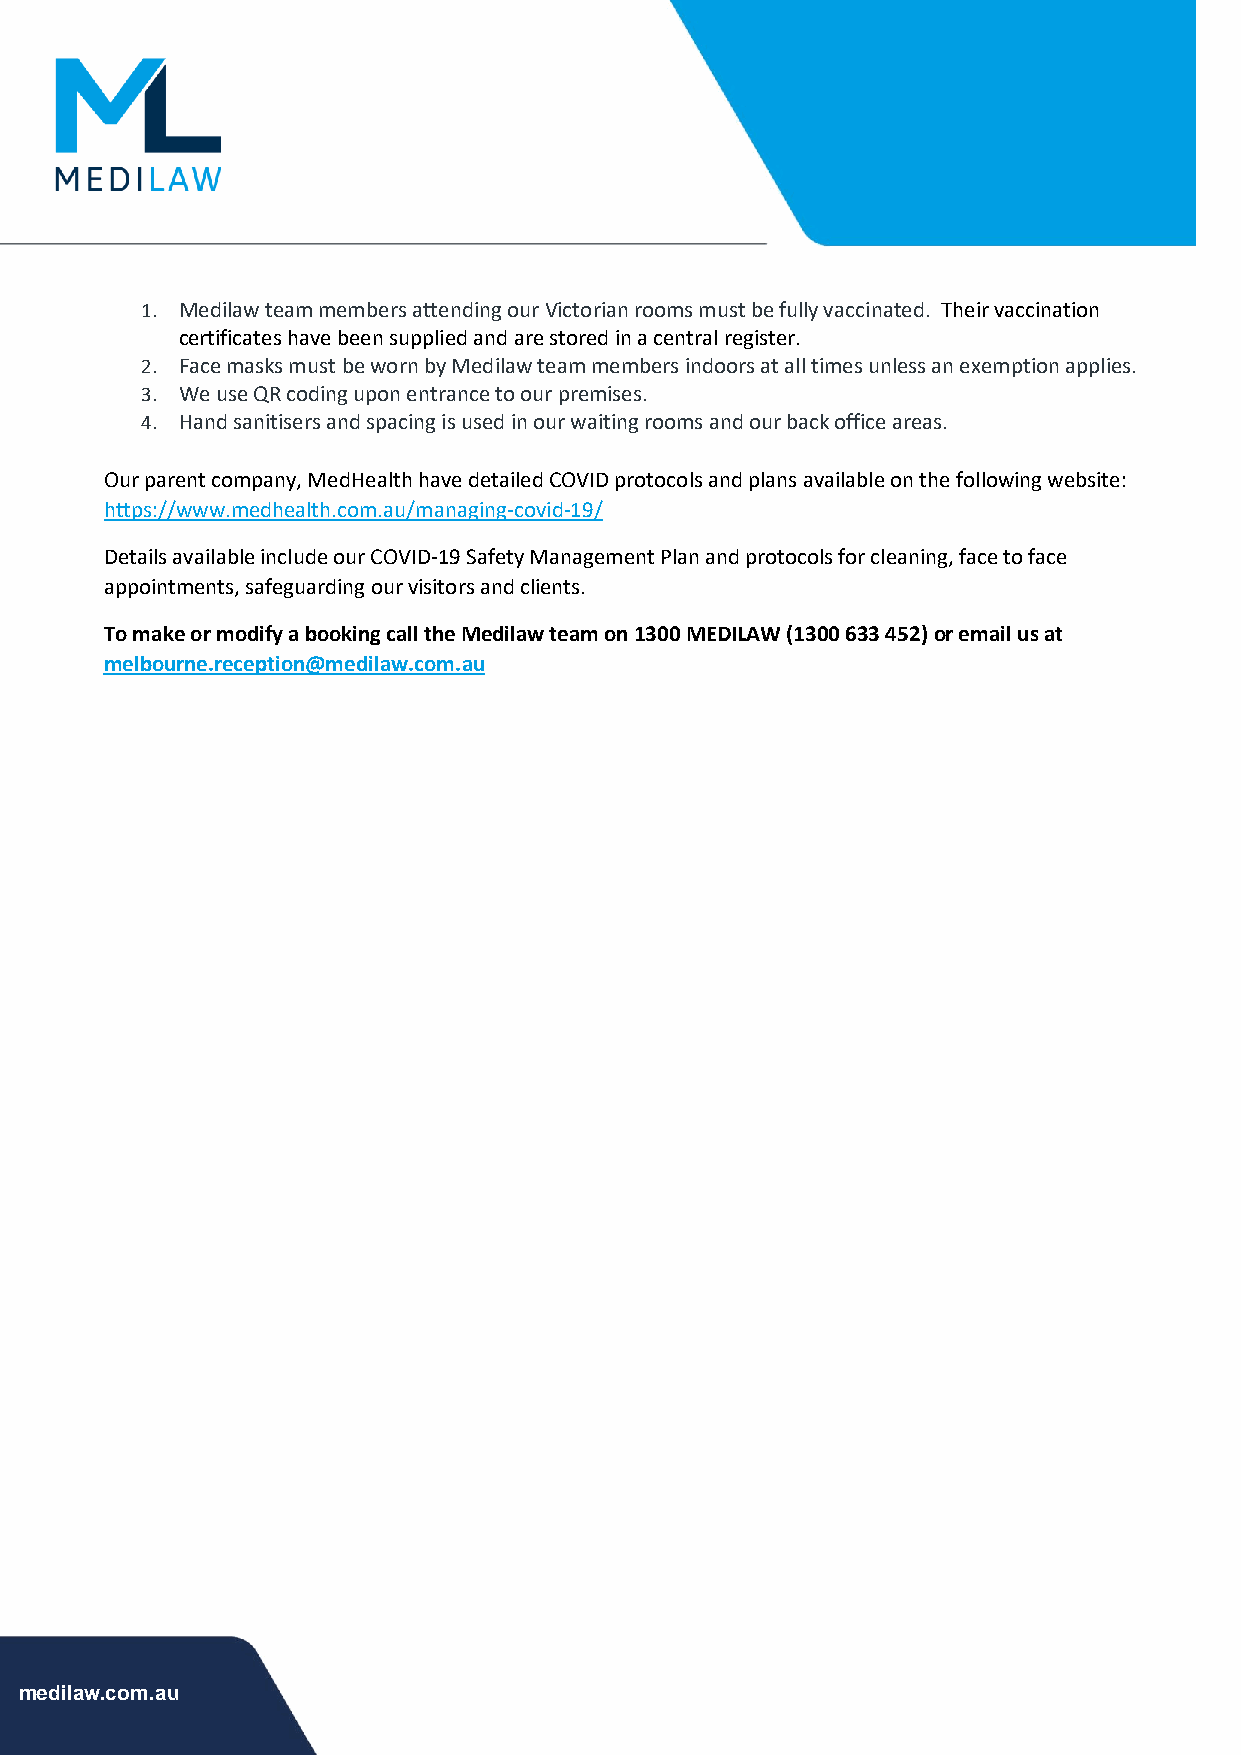
1. Medilaw team members attending our Victorian rooms must be fully vaccinated. Their vaccination
 certificates have been supplied and are stored in a central register.
 2. Face masks must be worn by Medilaw team members indoors at all times unless an exemption applies.
 3. We use QR coding upon entrance to our premises.
 4. Hand sanitisers and spacing is used in our waiting rooms and our back office areas.
 Our parent company, MedHealth have detailed COVID protocols and plans available on the following website:
 https://www.medhealth.com.au/managing-covid-19/
 Details available include our COVID-19 Safety Management Plan and protocols for cleaning, face to face
 appointments, safeguarding our visitors and clients.
 To make or modify a booking call the Medilaw team on 1300 MEDILAW (1300 633 452) or email us at
 melbourne.reception@medilaw.com.au
 medilaw.com.au